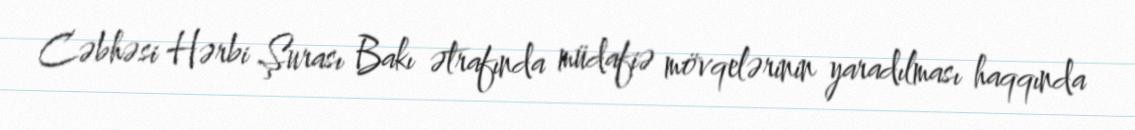
Cəbhəsi Hərbi Şurası Bakı ətrafında müdafiə mövqelərinin yaradılması haqqında